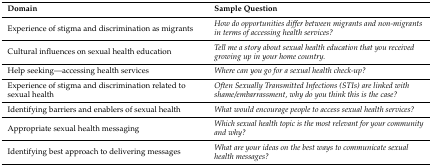
<table><thead><tr><td><b>Domain</b></td><td><b>Sample Question</b></td></tr></thead><tbody><tr><td>Experience of stigma and discrimination as migrants</td><td><i>How do opportunities differ between migrants and non-migrants in terms of accessing health services?</i></td></tr><tr><td>Cultural influences on sexual health education</td><td><i>Tell me a story about sexual health education that you received growing up in your home country.</i></td></tr><tr><td>Help seeking—accessing health services</td><td><i>Where can you go for a sexual health check-up?</i></td></tr><tr><td>Experience of stigma and discrimination related to sexual health</td><td><i>Often Sexually Transmitted Infections (STIs) are linked with shame/embarrassment, why do you think this is the case?</i></td></tr><tr><td>Identifying barriers and enablers of sexual health</td><td><i>What would encourage people to access sexual health services?</i></td></tr><tr><td>Appropriate sexual health messaging</td><td><i>Which sexual health topic is the most relevant for your community and why?</i></td></tr><tr><td>Identifying best approach to delivering messages</td><td><i>What are your ideas on the best ways to communicate sexual health messages?</i></td></tr></tbody></table>